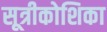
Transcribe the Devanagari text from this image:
सूत्रीकोशिका